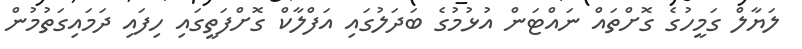
ލަޔާލް ގަމީހުގެ ގޮށްތައް ނައްޓަން އުޅުމުގެ ބަދަލުގައި އަފްލާކް ގޮށްފަތީގައި ހިފައި ދަމައިގަތުމުން